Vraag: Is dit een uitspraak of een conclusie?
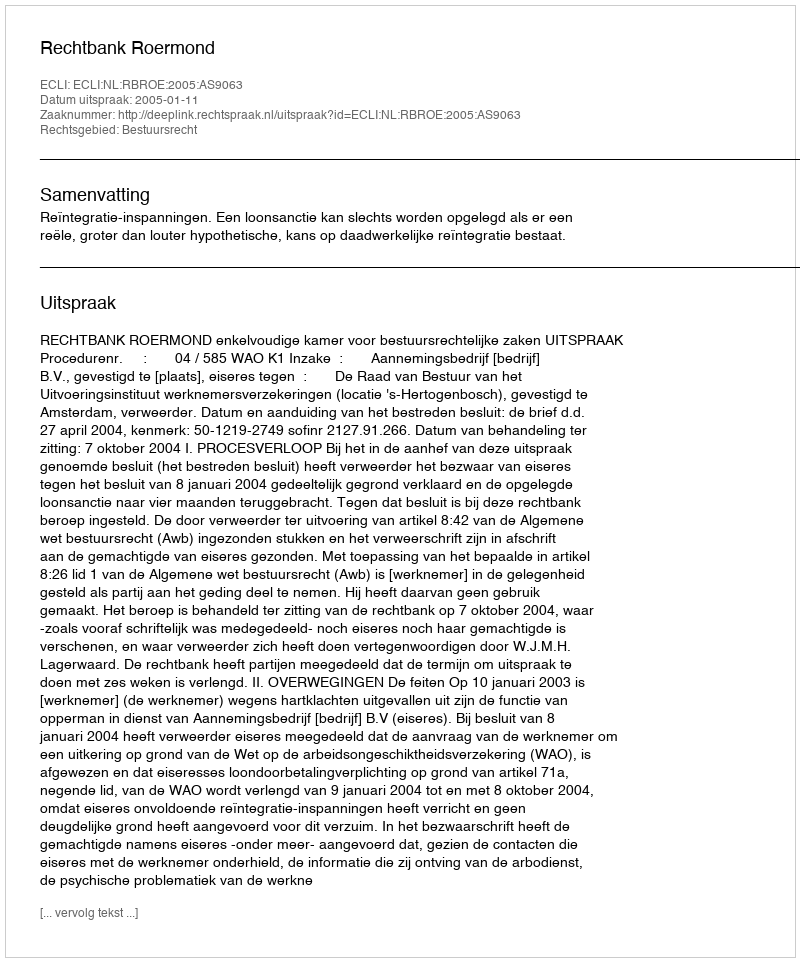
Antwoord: Uitspraak